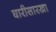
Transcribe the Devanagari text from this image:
घारीसारखा